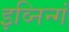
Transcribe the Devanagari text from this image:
इव्निन्गं